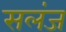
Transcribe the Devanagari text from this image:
सलंज